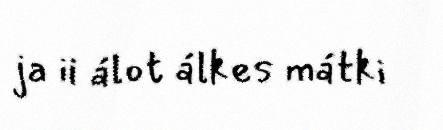
ja ii álot álkes mátki